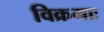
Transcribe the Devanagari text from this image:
विक्रमाः